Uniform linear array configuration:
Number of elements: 16
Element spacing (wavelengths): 0.5
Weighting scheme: kaiser
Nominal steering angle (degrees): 15
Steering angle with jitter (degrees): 13.404
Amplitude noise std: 0.05
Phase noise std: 0.05

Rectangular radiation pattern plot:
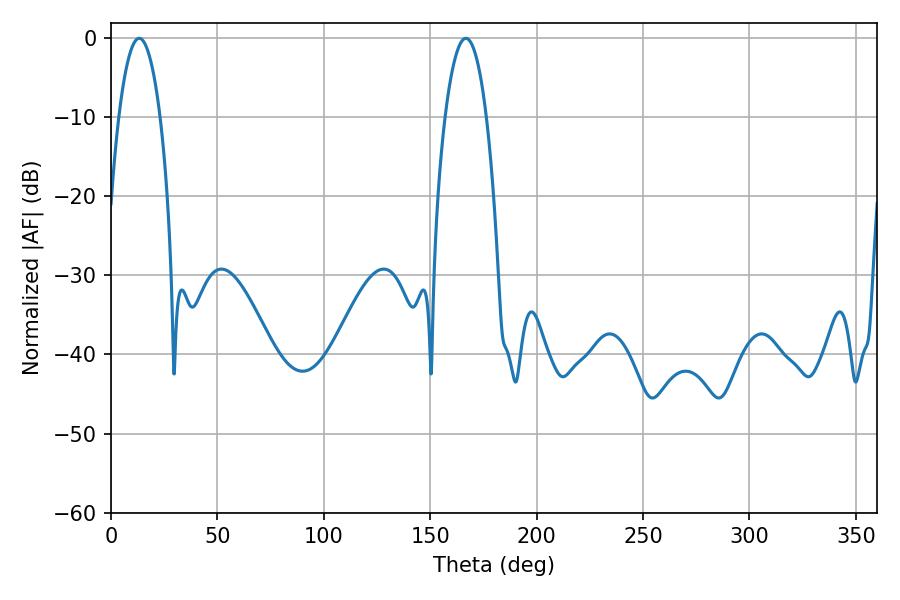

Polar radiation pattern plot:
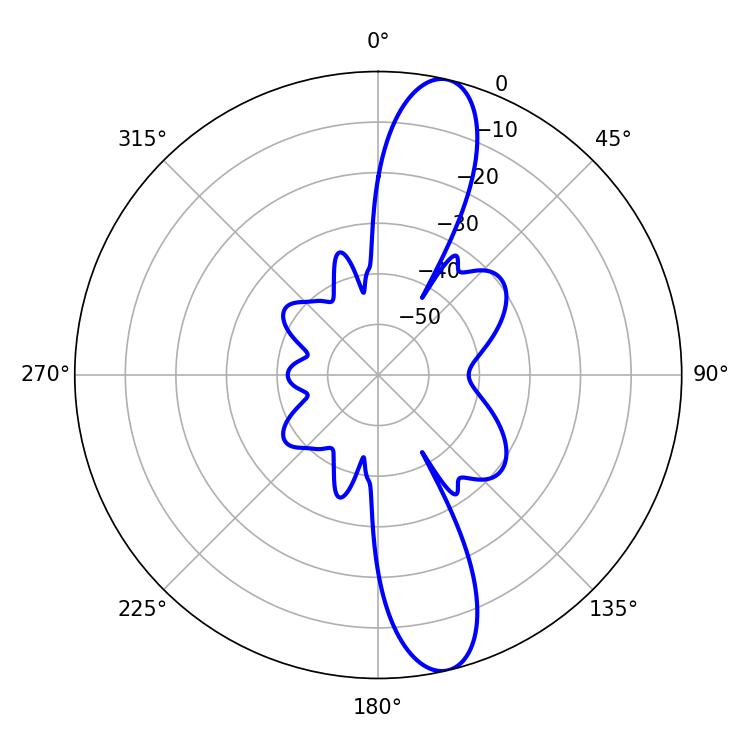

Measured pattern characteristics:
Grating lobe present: FALSE
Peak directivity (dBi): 13.333
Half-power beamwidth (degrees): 10.8
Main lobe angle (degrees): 13.32